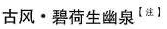
古风·碧荷生幽泉^{【注】}